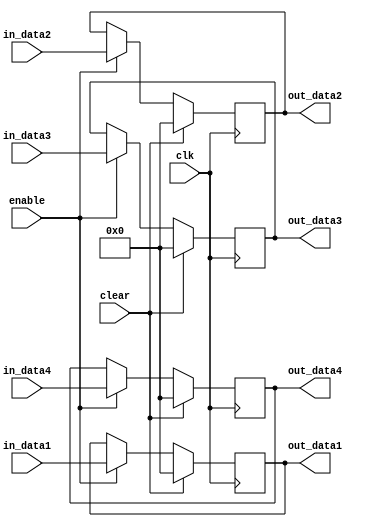
module register #(parameter WORD_SIZE = 8)
					  (input clk, 
					   input clear, 
					   input enable,
					   input [WORD_SIZE-1:0] in_data1,in_data2,in_data3,in_data4,
					   output reg [WORD_SIZE-1:0] out_data1,out_data2,out_data3,out_data4);

always@(posedge clk) begin
		if ( clear ) begin 
			out_data1= 0;
			out_data2= 0;
			out_data3= 0;
			out_data4= 0;
		end
		else if ( enable ) begin
			out_data1 = in_data1;
			out_data2 = in_data2;
			out_data3 = in_data3;
			out_data4 = in_data4;
		end
	end
endmodule